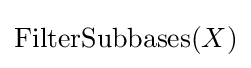
\operatorname {FilterSubbases} (X)